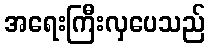
အရေးကြီးလှပေသည်